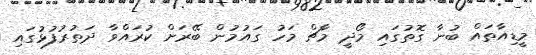
މީޑިއާތައް ބުނާ ގޮތުގައި މޯދީ މާޗް މަހު ގައުމުން ބޭރަށް ކުރައްވާ ދަތުރުފުޅުގައި